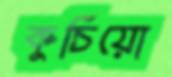
কুঁচিয়ো